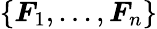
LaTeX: \{ \boldsymbol{F}_{1},...,\boldsymbol{F}_{n}\}